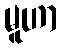
မူဟာ